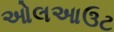
ઓલઆઉટ